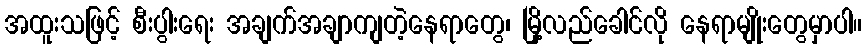
အထူးသဖြင့် စီးပွါးရေး အချက်အချာကျတဲ့နေရာတွေ၊ မြို့လည်ခေါင်လို နေရာမျိုးတွေမှာပါ။